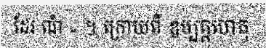
ដែរ ណំ » ។ ក្រោយពី ឧប្បត្តហេតុ